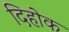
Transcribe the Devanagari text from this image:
दिहोक